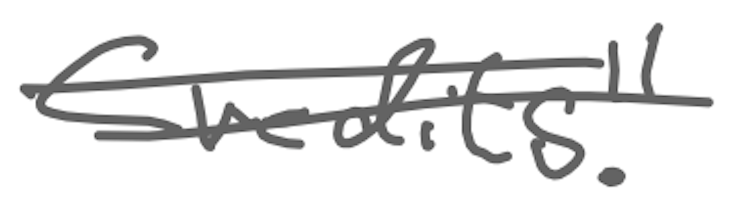
Text: Credits."
Cross-out: double-line
Writing tool: digital_gray